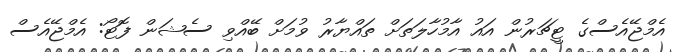
އެމްޖޭއެސްގެ ޓީޗަރުން އައު އާމުހާލަތަށް ތައްޔާރު ވުމަށް ބޭއްވި ސެޝަން ފޮޓޯ: އެމްޖޭއެސް